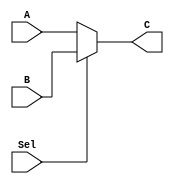
/******************************************************************
* Description
*		This is a very simple multiplexor 2 to 1
*      with 32bit buses
* Version:
*	1.0
* Author:
*	Daro Arias Muoz
* email:
*	darioaam@gmail.com
* Date:
*	12/03/2020
******************************************************************/
module mux_2_to_1
(
	input  [31:0] A,
	input  [31:0] B,
	input       Sel,
	output [31:0] C
);


	assign C = (Sel) ? B : A;

endmodule
//andgate//